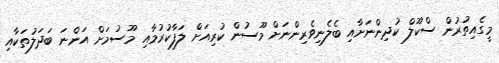
މީގެއިތުރުން ސްކޫލް ކުދިންނަށާއި ބެލެނިވެރިންނަށް މޫސުން ކުރިއަށް ލަފާކުރުމާއި މޫސުމަށް އަންނަ ބަދަލުތަކާއި